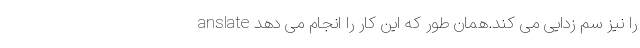
anslate را نیز سم زدایی می کند.همان طور که این کار را انجام می دهد